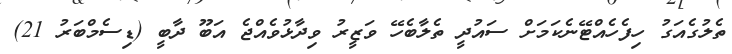
ތެލުގެއަގު ހިފެހެއްޓޭނެކަމަށް ސައުދީ ތެލާބެހޭ ވަޒީރު ވިދާޅުވެއްޖެ އަބޫ ދާބީ (ޑިސެމްބަރު 21)